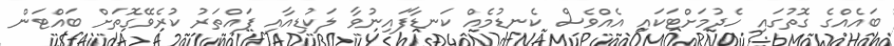
ބައެއްގެ ގޮތުގައި ހެދުމަށްޓަކައި އެއްވެސް ކެނޑުމެއް ކަނޑާފައިނުވާ ލަކުޑިއާއި ފައްތަރު ކުރެވޭގޮތަށް ބައްޓަން